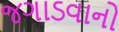
જગાડવાનો